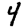
Digit: 4